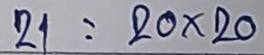
21 = 20 x 20